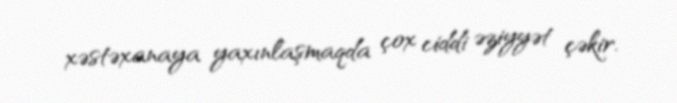
xəstəxanaya yaxınlaşmaqda çox ciddi əziyyət çəkir.